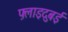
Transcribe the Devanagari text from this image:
फ़्लाइदुबई